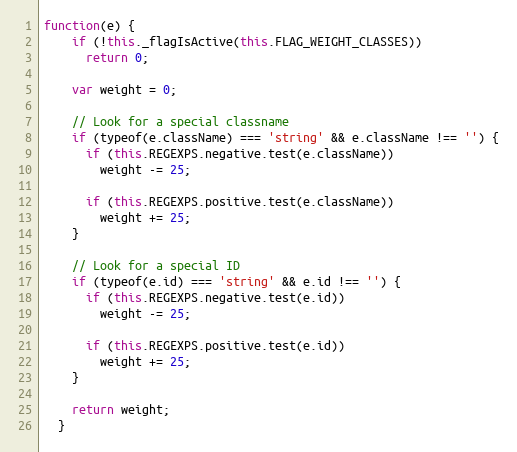
Language: JavaScript
function(e) {
    if (!this._flagIsActive(this.FLAG_WEIGHT_CLASSES))
      return 0;

    var weight = 0;

    // Look for a special classname
    if (typeof(e.className) === 'string' && e.className !== '') {
      if (this.REGEXPS.negative.test(e.className))
        weight -= 25;

      if (this.REGEXPS.positive.test(e.className))
        weight += 25;
    }

    // Look for a special ID
    if (typeof(e.id) === 'string' && e.id !== '') {
      if (this.REGEXPS.negative.test(e.id))
        weight -= 25;

      if (this.REGEXPS.positive.test(e.id))
        weight += 25;
    }

    return weight;
  }